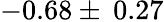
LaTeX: -0.68\pm\: 0.27